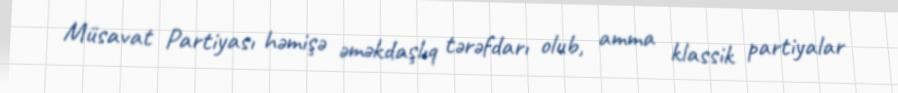
Müsavat Partiyası həmişə əməkdaşlıq tərəfdarı olub, amma klassik partiyalar